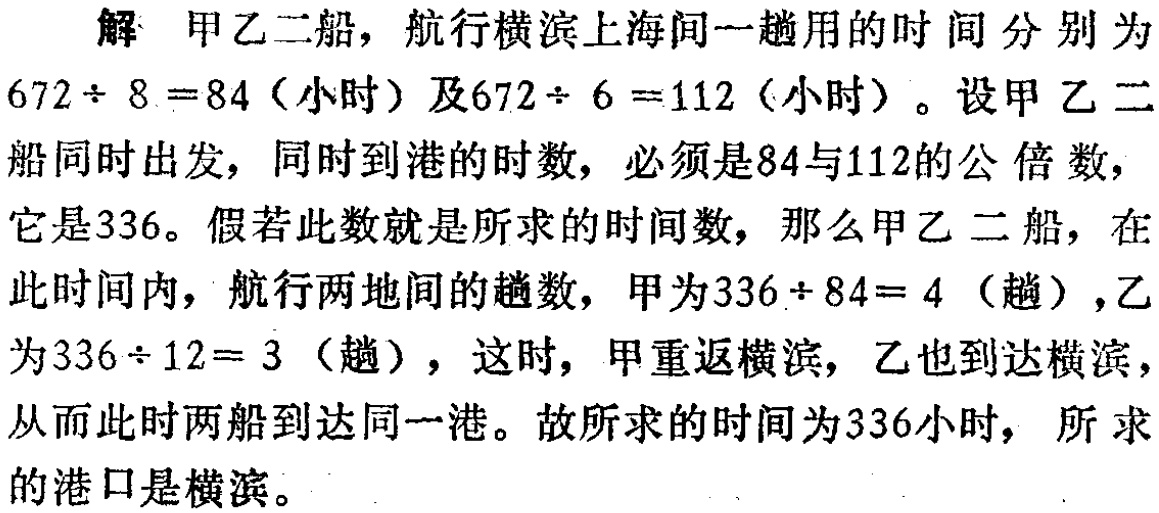
解 甲乙二船，航行横滨上海间一趟用的时间分别为

\(672\div 8 = 84\)（小时）及\(672\div 6 = 112\)（小时）。设甲乙二

船同时出发，同时到港的时数，必须是\(84\)与\(112\)的公倍数，

它是\(336\)。假若此数就是所求的时间数，那么甲乙二船，在

此时间内，航行两地间的趟数，甲为\(336\div 84 = 4\)（趟），乙

为\(336\div 12 = 3\)（趟），这时，甲重返横滨，乙也到达横滨，

从而此时两船到达同一港。故所求的时间为\(336\)小时，所求

的港口是横滨。